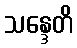
သန္ဒေတိ